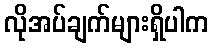
လိုအပ်ချက်များရှိပါက